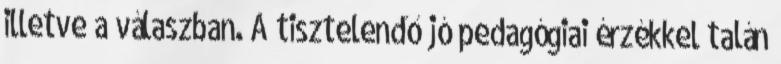
illetve a válaszban. A tisztelendő jó pedagógiai érzékkel talán